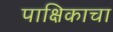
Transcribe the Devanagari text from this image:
पाक्षिकाचा